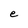
Character: e